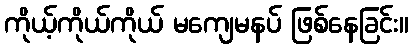
ကိုယ့်ကိုယ်ကိုယ် မကျေမနပ် ဖြစ်နေခြင်း။